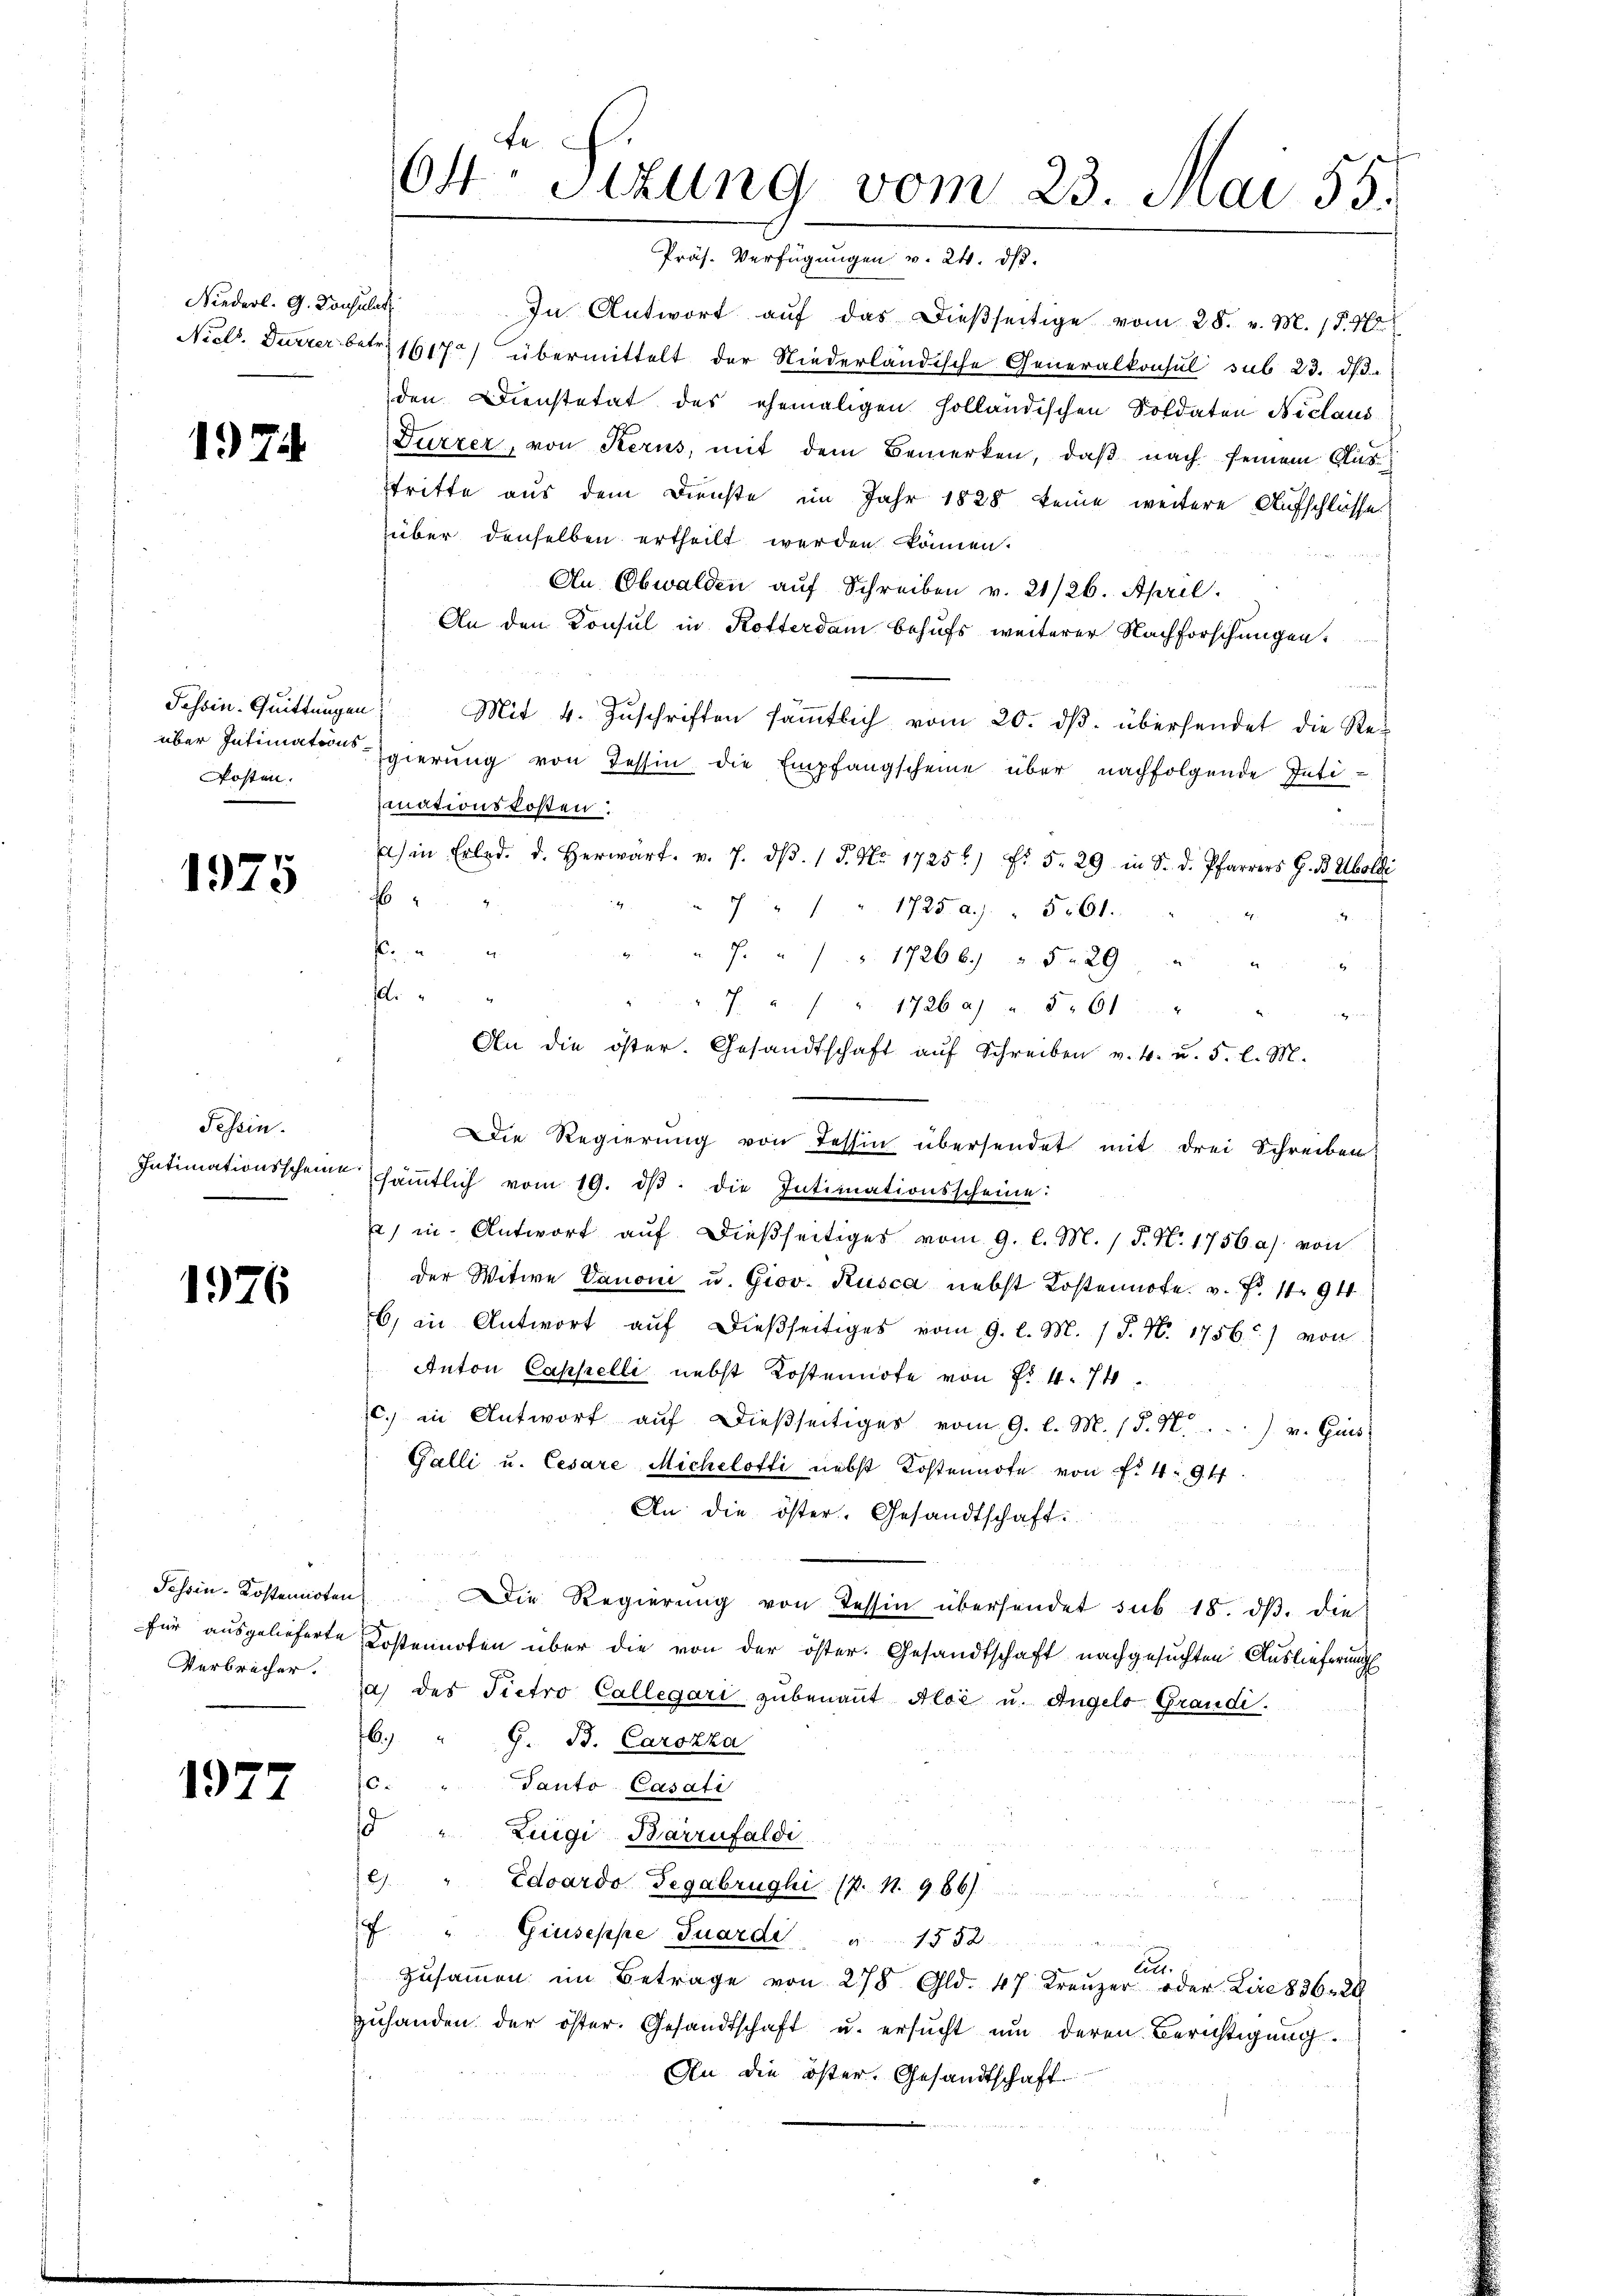
1974

Fossin. Quittungen
Posten.

1975

Tessin.

1976

Schsen-Kostenirten
für ausgelieferte
Verbrecher.

1977

te.
64. Sizung vom 23. Mai 55.
Präs. Verfügungen v. 24. ds.

Niederl. G. Konsulat In Antwort aŭf das dießseitige vom 28. v. M. 159
Nicl. Durrer betr. 1617) übermittelt der Niederländische Generalkonsul sub 23. ds.
den Dienstetat des ehemaligen holländischen Soldaten Niclaus
Dürzer, von Kerus, mit dem Bemerken, daβ nach seinem Ausstritte aus dem Dienste im Jahr 1828 keine weitere Aufschlüsse
über denselben ertheilt werden können.
An Obwalden auf Schreiben v. 21/26. April.
An den Konsul in Rotterdam behufs weiterer Nachforschungen
Mit 4. Zuschriften sämmtlich vom 20. ds. übersendet die Re-
über Intimatores gierung von Tessin die Empfangscheine über nachfolgende Intiminationskosten.
) in Erled. d. herwart. v. 7. dβ. / 5. No. 1725 f. 5. 29 in Sr. d. Pfarrers G. B. Uboldi
6
 " " 1725 a.) " 561.
4
 4
"  "   17266. 529 " "
fli
. . . 1726 a. u. § 61
An die öster. Gesandtschaft aŭf Schreiben v. 4. u. 5. l. M.
Die Regierŭng von Tessin übersendet mit drei Schreiben
Intimationsscheine säṁtlich vom 19. dβ die Intimationsscheine:
) in Antwort auf dießseitiges vom 9. l. M. P. Nr. 1756 a) von
der Witwe Danoni u. Giov. Rusca nebst Kostennote. v. 7. 194
6) in Antwort aŭf dieβseitiges vom 9. l. M. / P. Nr. 1756.) von
Anton Cappelli nebst Kostennote von P. 4. 74
c. in Antwort aŭf dießseitiger vom 9. l. M. (§. 4.) u. Guis
Galli u. Cesare Michelotti nebst Kostennote von f. 49. 47
An die öster. Gesandtschaft:
Die Regierung von Tessin übersendet sub 18. dβ. die
Kostennoten über die von der öster. Gesandtschaft nachgesuchten Auslieferung
a) des Pietro Collegari zubenant Aloé u. Angelo Grandi.
6.) " G. B. Carokka
Panto Casati
6
5 " Zuigi-Barrnfaldi
9.
Edoardo Begabrughi (p. 1. 986)
 " Giuseppe Tuardi    "       1552
an
zusammen im Betrage von 278 Gld. 47 Kreuzer oder Lire 1836. 2
zuhanden der öster. Gesandtschaft u. ersucht um deren Berichtigung.
An die öster. Gesandtschaft